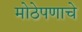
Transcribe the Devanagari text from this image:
मोठेपणाचे